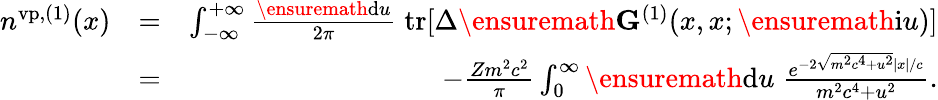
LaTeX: \begin{array}{rlr}{n^{\mathrm{vp},(1)}(x)}&{=}&{\int_{-\infty}^{+\infty}\frac{\ensuremath{\mathrm{d}}u}{2\pi}\; \mathrm{tr}[\Delta\ensuremath{\mathbf{G}}^{(1)}(x,x;\ensuremath{\mathrm{i}}u)]}\\ &{=}&{-\frac{Zm^{2}c^{2}}{\pi}\int_{0}^{\infty}\ensuremath{\mathrm{d}}u\; \frac{e^{-2\sqrt{m^{2}c^{4}+u^{2}}|x|/c}}{m^{2}c^{4}+u^{2}}.}\end{array}